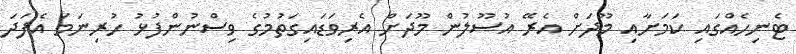
ޓެނިހެއްގައި ކަަމަށާއި މޫދަށް އެރޭ އުސޫލުން މޫދަށް އެރިވަޑައިގަތުމުގެ ވިސްނުންފުޅު ހުރިނަމަ އެފަދަ